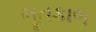
ભૂતકાળ